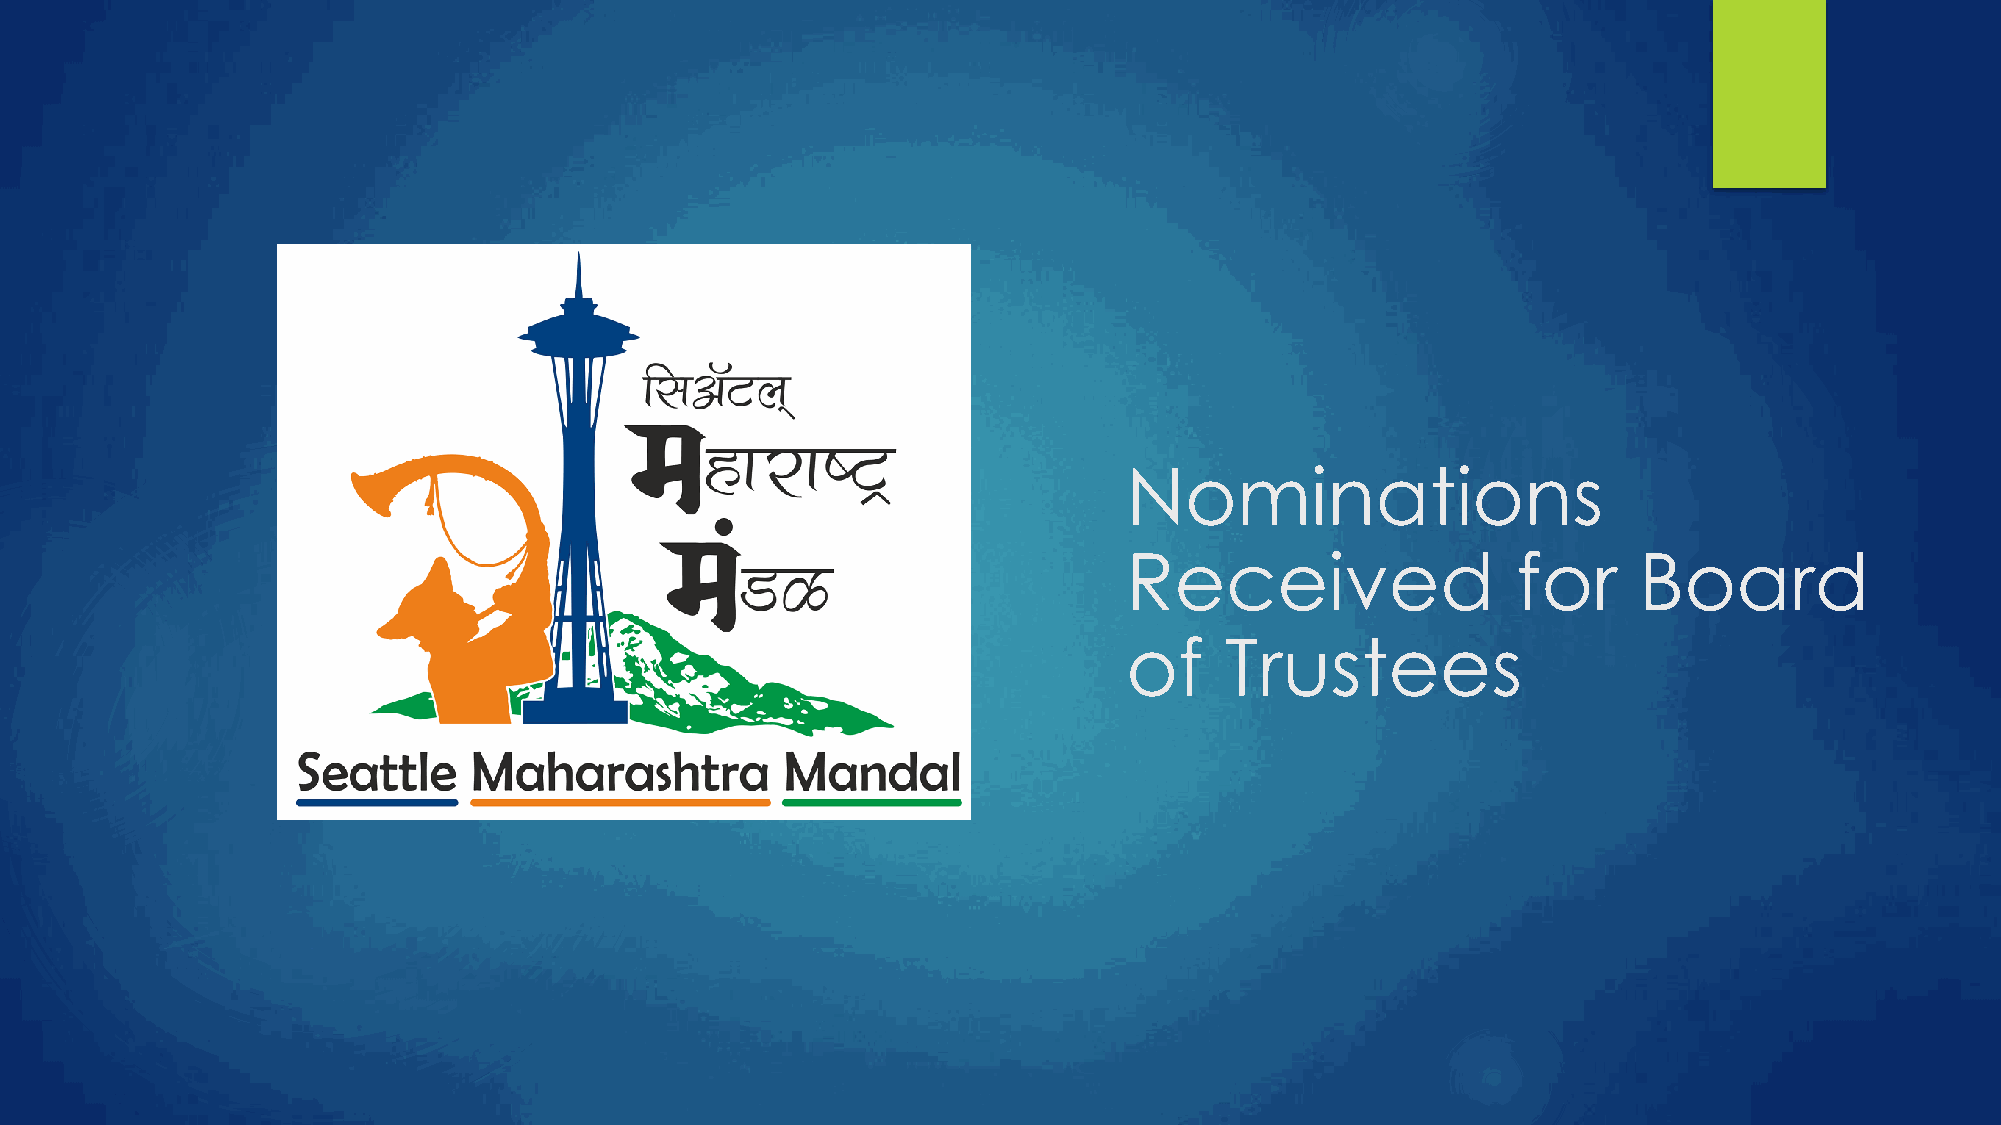
Nominations
 Received                 for     Board
 of    Trustees